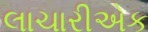
લાચારીએક